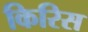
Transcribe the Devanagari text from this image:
किरिस